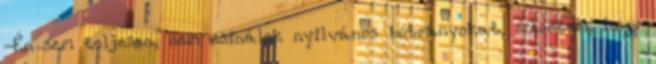
-Én sem teljesen, nem csinálok nyilvános botrányokat, szeretem, hogy